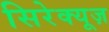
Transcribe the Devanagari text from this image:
सिरेक्यूज़